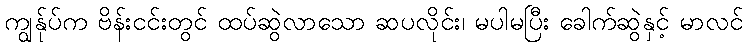
ကျွန်ုပ်က ဗိန်းငင်းတွင် ထပ်ဆွဲလာသော ဆပလိုင်း၊ မပါမပြီး ခေါက်ဆွဲနှင့် မာလင်